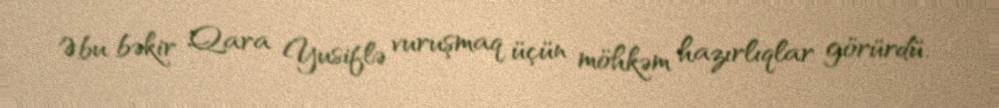
Əbu bəkir Qara Yusiflə vuruşmaq üçün möhkəm hazırlıqlar görürdü.